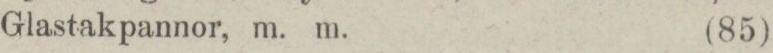
Glastakpannor, m. m.    (85)